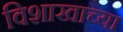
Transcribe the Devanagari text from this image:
विशाखाच्या